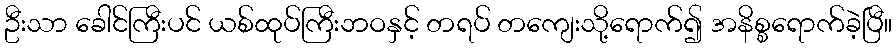
ဦးသာ ခေါင်ကြီးပင် ယစ်ထုပ်ကြီးဘဝနှင့် တရပ် တကျေးသို့ရောက်၍ အနိစ္စရောက်ခဲ့ပြီ။